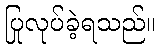
ပြုလုပ်ခဲ့ရသည်။